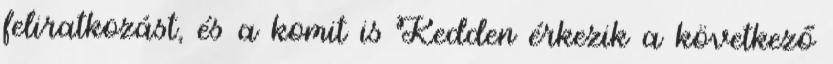
feliratkozást, és a komit is Kedden érkezik a következő